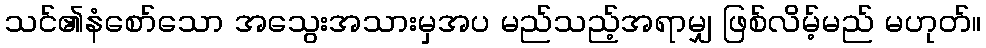
သင်၏နံစော်သော အသွေးအသားမှအပ မည်သည့်အရာမျှ ဖြစ်လိမ့်မည် မဟုတ်။